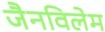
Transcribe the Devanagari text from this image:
जैनविलेम